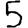
Digit: 5